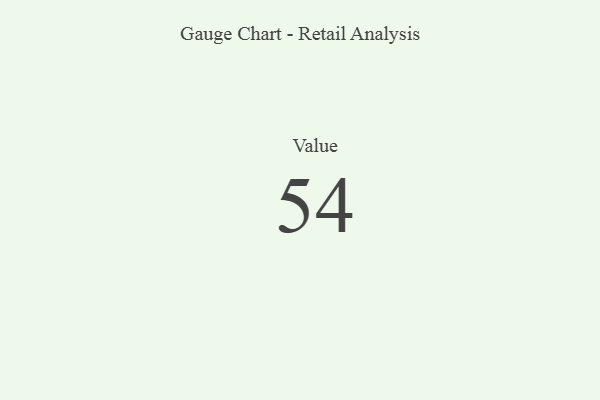
{"axis": {"x": "Metric", "y": "Value"}, "legend": [""], "data": [{"x": "Value", "y": 54, "type": ""}]}